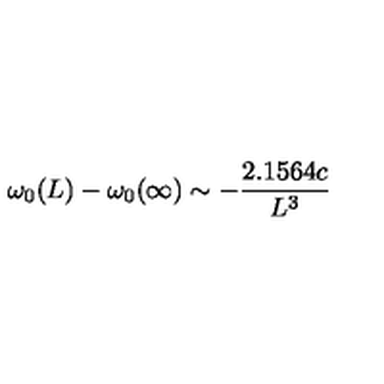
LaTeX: \omega _ { 0 } ( L ) - \omega _ { 0 } ( \infty ) \sim - { \frac { 2 . 1 5 6 4 c } { L ^ { 3 } } }